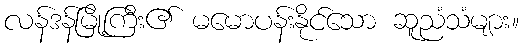
လန်ဒန်မြို့ကြီး၏ မမောပန်းနိုင်သော ဆူညံသံများ။